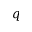
q